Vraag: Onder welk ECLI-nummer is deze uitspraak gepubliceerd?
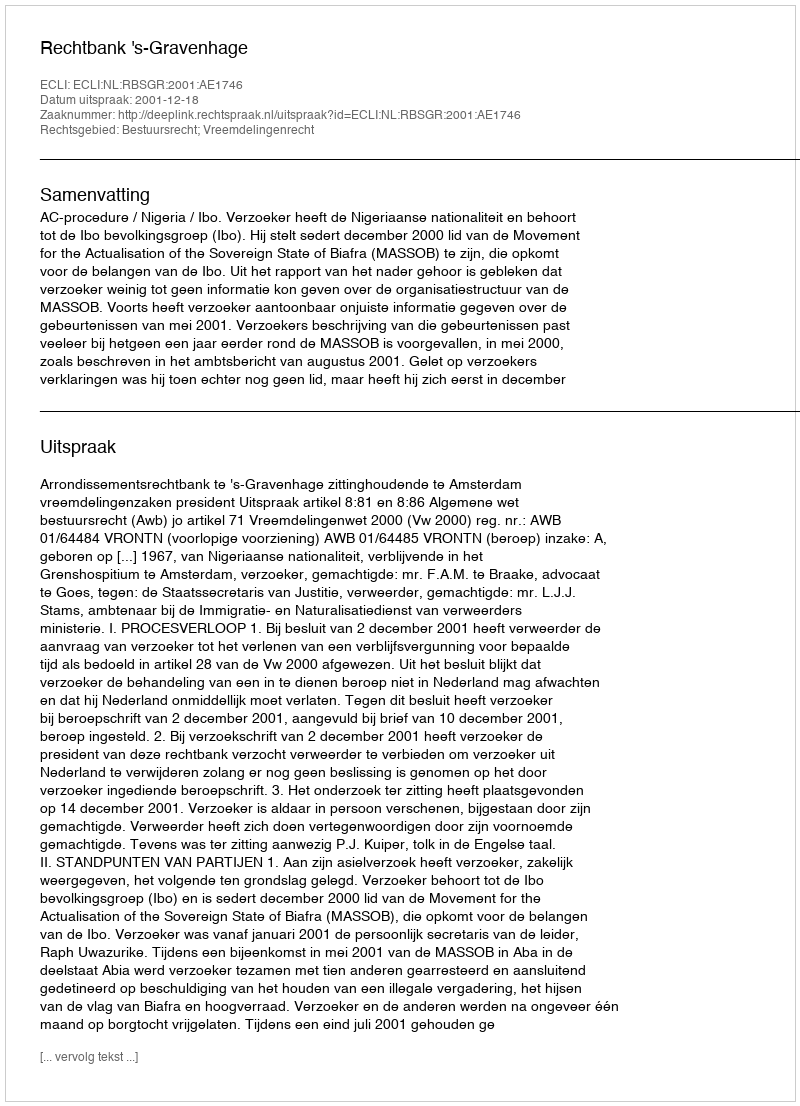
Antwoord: ECLI:NL:RBSGR:2001:AE1746